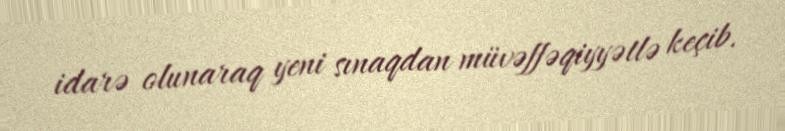
idarə olunaraq yeni sınaqdan müvəffəqiyyətlə keçib.